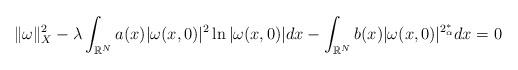
LaTeX: \begin{align*}\|\omega\|_X^2-\lambda\displaystyle\int_{\mathbb{R}^N}a(x)|\omega(x,0)|^2\ln|\omega(x,0)|dx-\displaystyle\int_{\mathbb{R}^N}b(x)|\omega(x,0)|^{2_\alpha^*}dx=0\end{align*}